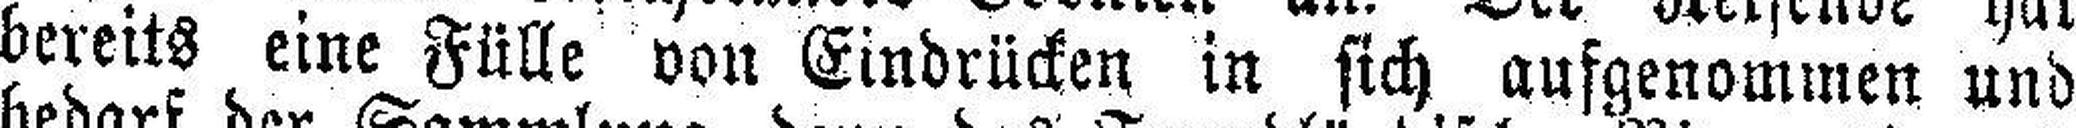
bereits eine Fülle von Eindrücken in sich aufgenommen und